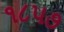
૧૮૫૭